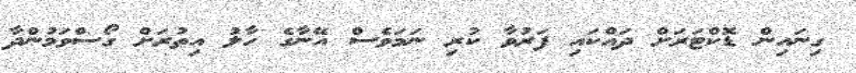
ގިނައިން ޑޮކްޓަރަށް ދައްކައި ފަރުވާ ކުރި ނަމަވެސް އޭނާގެ ހާލު އިތުރަށް ގޯސްވަމުންދާ